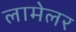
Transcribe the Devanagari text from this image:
लामेलर